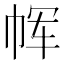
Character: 𫷅